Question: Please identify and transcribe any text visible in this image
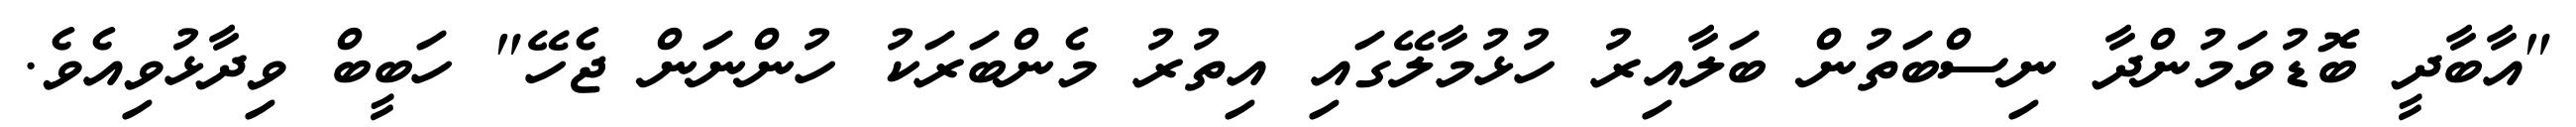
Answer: "އާބާދީ ބޮޑުވަމުންދާ ނިސްބަތުން ބަލާއިރު ހުޅުމާލޭގައި އިތުރު މެންބަރަކު ހުންނަން ޖެހޭ" ހަބީބް ވިދާޅުވިއެވެ.